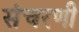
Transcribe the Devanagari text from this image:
संचरणी